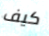
كيف